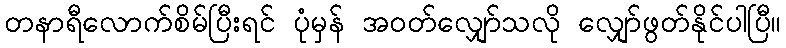
တနာရီလောက်စိမ်ပြီးရင် ပုံမှန် အဝတ်လျှော်သလို လျှော်ဖွတ်နိုင်ပါပြီ။